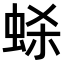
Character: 𫊷